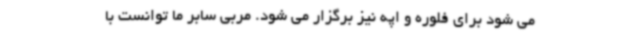
می شود برای فلوره و اپه نیز برگزار می شود. مربی سابر ما توانست با